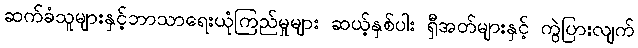
ဆက်ခံသူများနှင့်ဘာသာရေးယုံကြည်မှုများ ဆယ့်နှစ်ပါး ရှီအတ်များနှင့် ကွဲပြားလျက်